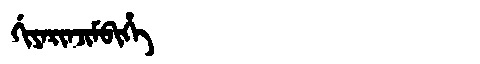
Manchu: ᡤᡳᠶᠠᡵᡳᠨᠵᡳᠮᠪᡳᡥᡝ
Romanization: GIYARINJIMBIHE